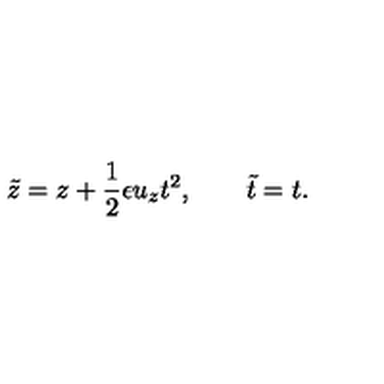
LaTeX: { \tilde { z } } = z + \frac { 1 } { 2 } \epsilon u _ { z } t ^ { 2 } , \qquad { \tilde { t } } = t .